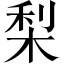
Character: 梨